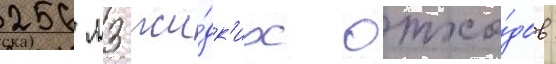
256 м3 жи́дк'их отхо́дов: